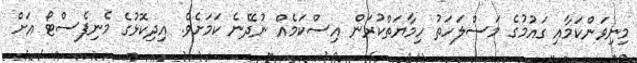
މިނިވަންކަމާއި ގައުމުގެ މަސްލަހަތު ހިމާޔަތްކުރަން އިސްކަމެއް ނުދޭނެ ކަމަށެވެ. އިދިކޮޅުގެ މެނިފެސްޓޯ އަށް